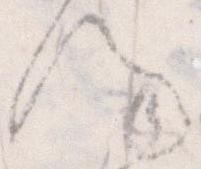
謹